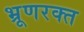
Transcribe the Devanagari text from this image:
भ्रूणरक्त